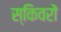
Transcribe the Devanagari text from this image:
स्किवरों